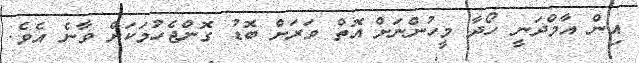
އިން އާމްދަނީ ހޯދާ މީހުންނަށް އޮތް ވަރަށް ބޮޑު ގޮންޖެހުމަކަށް ވާނެ އެވެ.